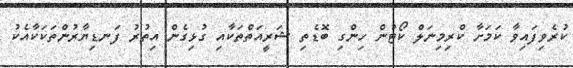
ކުރެވިފައިވާ ކަމަށާ ކްރިމިނަލް ކޯޓުން ހިންގި ބޮޑެތި ޝަރީއަތްތަކާއި ގުޅިގެން އިތުރު ފަނޑިޔާރުންތަކަކާއެކު